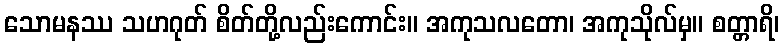
သောမနဿ သဟဂုတ် စိတ်တို့လည်းကောင်း။ အကုသလတော၊ အကုသိုလ်မှ။ စတ္တာရိ၊